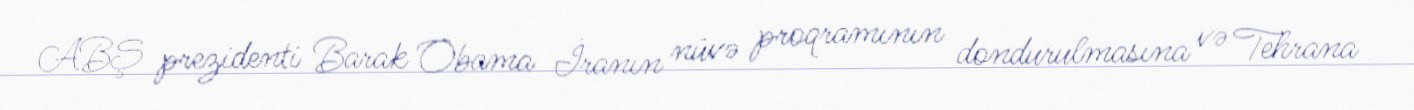
ABŞ prezidenti Barak Obama İranın nüvə proqramının dondurulmasına və Tehrana